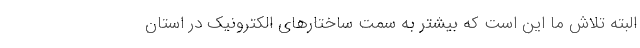
البته تلاش ما این است که بیشتر به سمت ساختارهای الکترونیک در استان